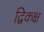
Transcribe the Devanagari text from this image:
द्विकक्ष